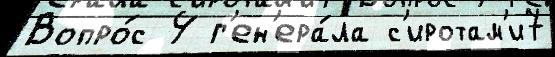
Вопро́с 4 г'ен'ера́ла с'иротам'и7